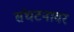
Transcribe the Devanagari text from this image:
संघटनावर